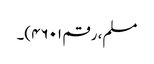
مسلم، رقم ۴۶۰۱)۔